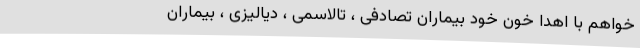
خواهم با اهدا خون خود بیماران تصادفی ، تالاسمی ، دیالیزی ، بیماران